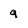
Character: q